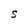
Character: S